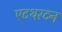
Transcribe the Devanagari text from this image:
एटथरटन